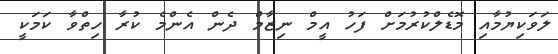
ލަވަކިޔުމާއި މޮޑެލްކުރުމަށް ފަހު އީމް ނިޒާމް ދެން އެންމެ ކުރާ ހިތްވާ ކަމަކީ